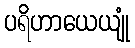
ပရိဟာယေယျုံ